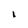
Character: 1